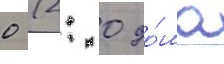
0 (2: 0 до́ма